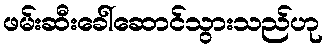
ဖမ်းဆီးခေါ်ဆောင်သွားသည်ဟု